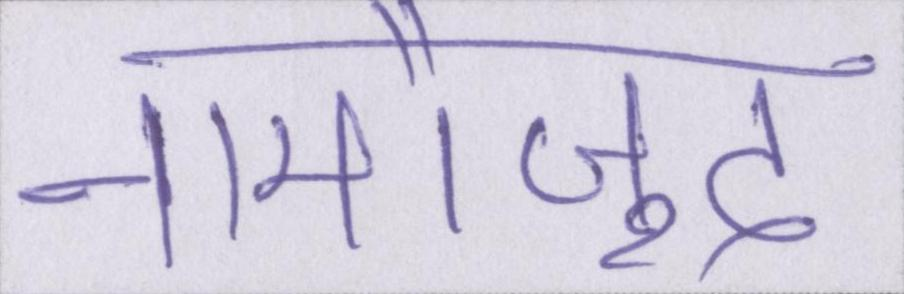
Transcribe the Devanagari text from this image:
नामौजूद